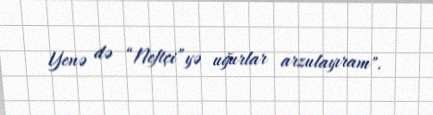
Yenə də “Neftçi”yə uğurlar arzulayıram".